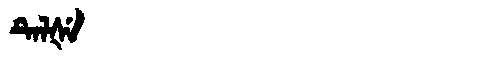
Manchu: ᡨᡝᠯᡧᡝ
Romanization: TELŠE